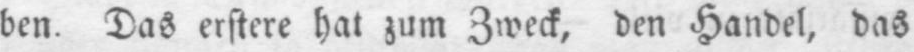
ben. Das erstere hat zum Zweck, den Handel, das